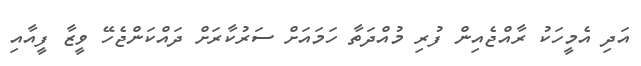
އަދި އެމީހަކު ރާއްޖެއިން ފުރި މުއްދަތާ ހަމައަށް ސަރުކާރަށް ދައްކަންޖެހޭ ވީޒާ ފީއާއި